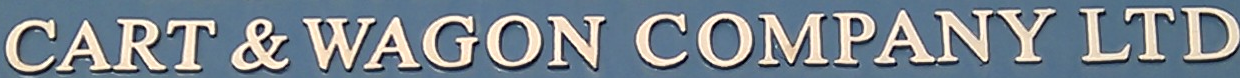
CART & WAGON COMPANY LTD